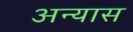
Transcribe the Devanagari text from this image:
अन्यास